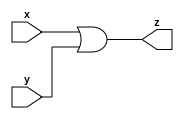
module or_m(output z, input x, input y);
    assign
        z=x|y;
endmodule